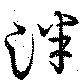
泮